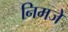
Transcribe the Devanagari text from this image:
निमजे